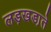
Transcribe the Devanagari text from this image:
लड़खडा़ते